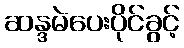
ဆန္ဒမဲပေးပိုင်ခွင့်